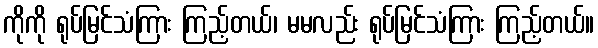
ကိုကို ရုပ်မြင်သံကြား ကြည့်တယ်၊ မမလည်း ရုပ်မြင်သံကြား ကြည့်တယ်။